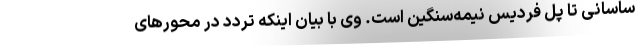
ساسانی تا پل فردیس نیمه‌سنگین است. وی با بیان اینکه تردد در محورهای